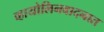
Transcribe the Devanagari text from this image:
व्हायोलिनवादनात